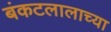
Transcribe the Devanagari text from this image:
बंकटलालाच्या